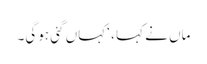
ماں نے کہا ، ‘کہاں گئی ہوگی۔